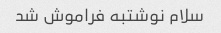
سلام نوشتبه فراموش شد